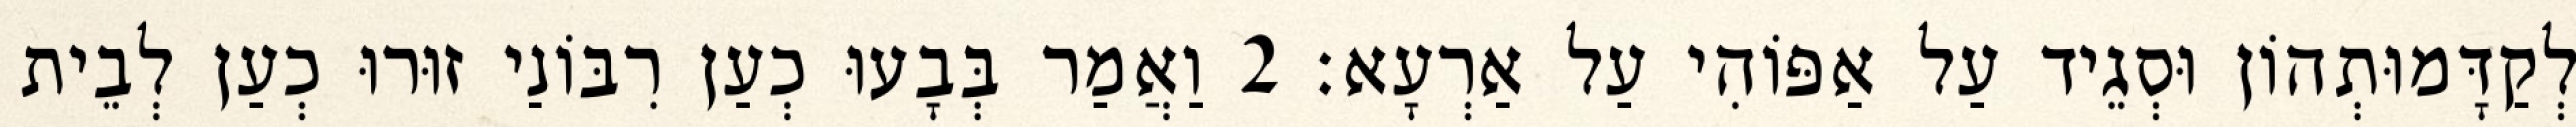
לְקַדָּמוּתְהוֹן וּסְגֵיד עַל אַפּוֹהִי עַל אַרְעָא׃ 2 וַאֲמַר בְּבָעוּ כְעַן רִבּוֹנַי זוּרוּ כְעַן לְבֵית